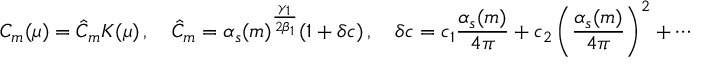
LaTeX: C _ { m } ( \mu ) = \hat { C } _ { m } K ( \mu ) \, , \quad \hat { C } _ { m } = \alpha _ { s } ( m ) ^ { \frac { \gamma _ { 1 } } { 2 \beta _ { 1 } } } ( 1 + \delta c ) \, , \quad \delta c = c _ { 1 } \frac { \alpha _ { s } ( m ) } { 4 \pi } + c _ { 2 } \left( \frac { \alpha _ { s } ( m ) } { 4 \pi } \right) ^ { 2 } + \cdots